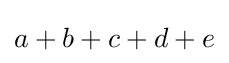
a+b+c+d+e